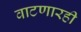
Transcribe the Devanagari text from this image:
वाटणारही